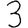
Digit: 3